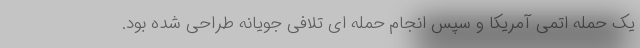
یک حمله اتمی آمریکا و سپس انجام حمله ای تلافی جویانه طراحی شده بود.